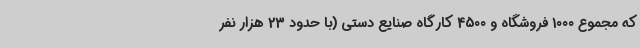
که مجموع 1000 فروشگاه و 4500 کارگاه صنایع دستی (با حدود 23 هزار نفر